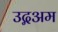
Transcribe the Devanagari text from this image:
उद्गअम